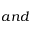
a n d